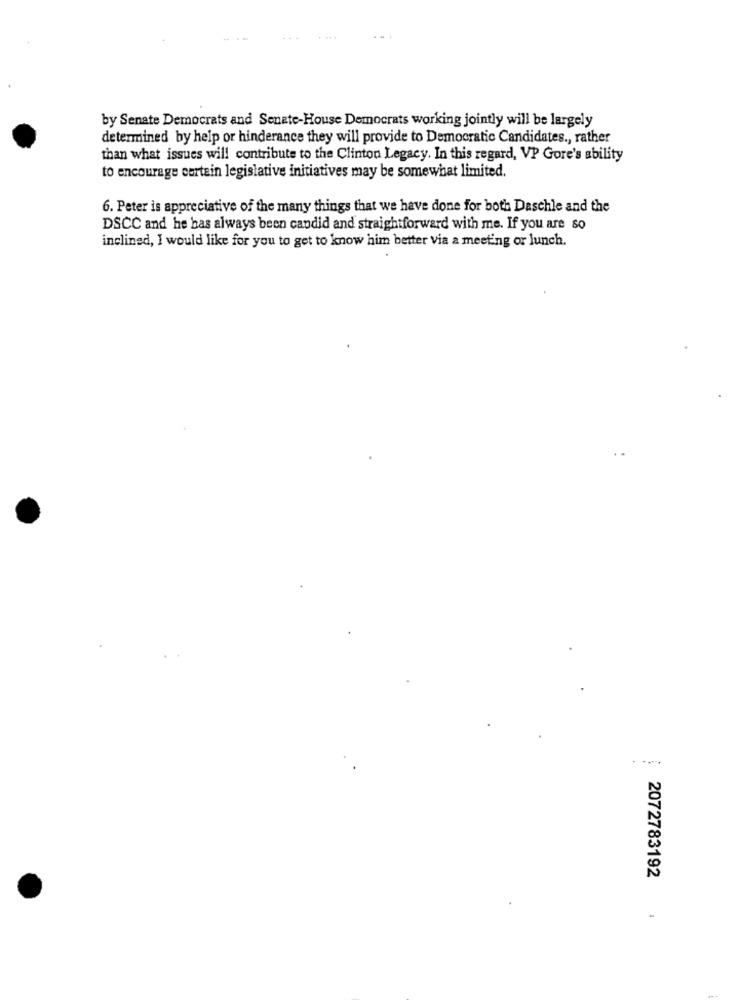
by Senate Democrats and Senate-House Democrats working jointly will be largely
determined by help or hinderance they will provide to Democratic Candidates ., rather
than what issues will contribute to the Clinton Legacy. In this regard, VP Gore's ability
to encourage cortein legislative initiatives may be somewhat limited.
6. Peter is appreciative of the many things that we have done for both Daschle and the
DSCC and he has always been candid and straightforward with me. If you are so
inclined, I would like for you to get to know him better via a meeting or lunch.
2072783192